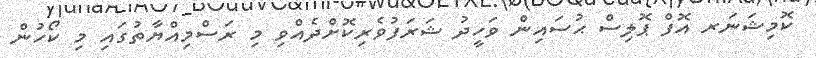
ކޮމިޝަނަރ އޮފް ޕޮލިސް ޙުސައިން ވަހީދު ޝަރަފުވެރިކޮށްދެއްވި މި ރަސްމިއްޔާތުގައި މި ކޯހުން